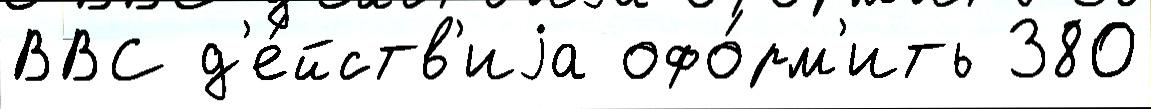
ВВС д'е́йств'иjа офо́рм'ить 380